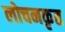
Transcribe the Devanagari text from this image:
लोचनकृत